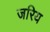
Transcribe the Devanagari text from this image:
जरिय